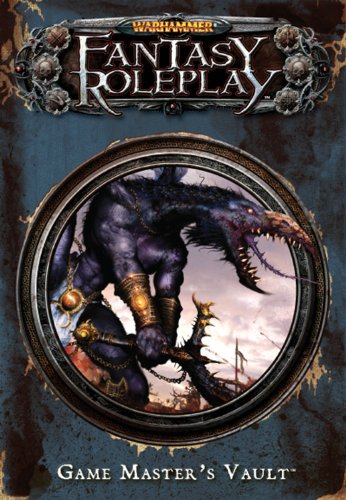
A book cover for Warhammer Fantasy RPG: Game Master's Vault; Science Fiction & Fantasy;